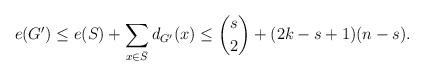
LaTeX: \begin{align*}e(G')\leq e(S)+\sum_{x\in \bar{S}} d_{G'}(x)\leq \binom{s}{2} +(2k-s+1)(n-s).\end{align*}